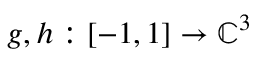
g , h : [ - 1 , 1 ] \to \mathbb { C } ^ { 3 }